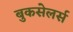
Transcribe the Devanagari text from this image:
बुकसेलर्स